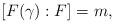
LaTeX: \begin{align*} [F(\gamma):F]=m, \end{align*}